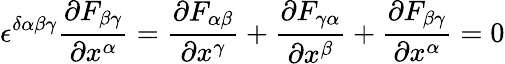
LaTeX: \epsilon^{\delta\alpha\beta\gamma}{\frac{\partial F_{\beta\gamma}}{\partial x^{\alpha}}}={\frac{\partial F_{\alpha\beta}}{\partial x^{\gamma}}}+{\frac{\partial F_{\gamma\alpha}}{\partial x^{\beta}}}+{\frac{\partial F_{\beta\gamma}}{\partial x^{\alpha}}}=0